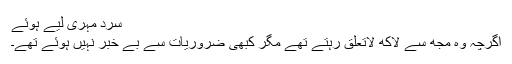
سرد مہری لیے ہوئے
اگرچہ وہ مجھ سے لاکھ لاتعلق رہتے تھے مگر کبھی ضروریات سے بے خبر نہیں ہوئے تھے۔